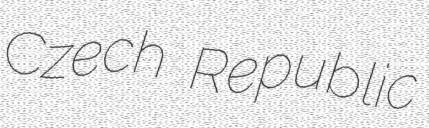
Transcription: Czech Republic